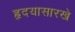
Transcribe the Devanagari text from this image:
हृदयासारखे